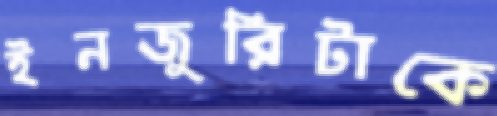
ইনজুরিটাকে